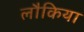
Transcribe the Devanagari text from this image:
लौकिया